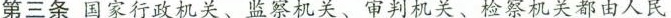
第三条国家行政机关、监察机关、审判机关、检察机关都由人民